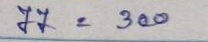
77 = 300